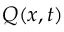
Q ( x , t )